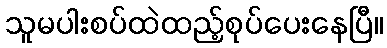
သူမပါးစပ်ထဲထည့်စုပ်ပေးနေပြီ။